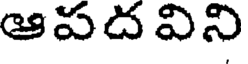
ఆపదవిని